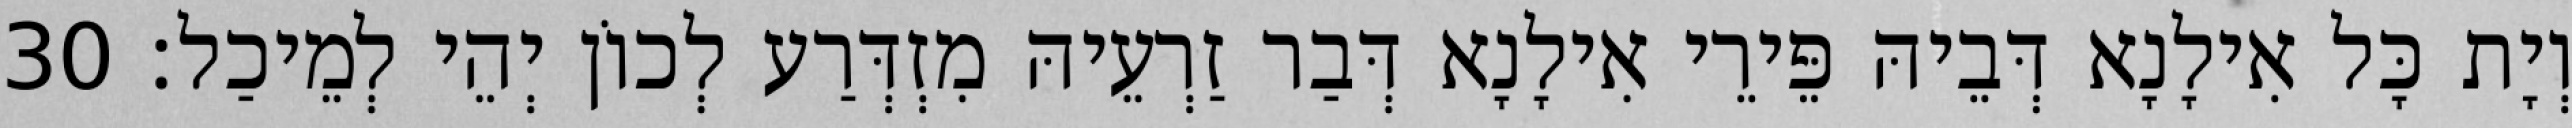
וְיָת כָּל אִילָנָא דְּבֵיהּ פֵּירֵי אִילָנָא דְּבַר זַרְעֵיהּ מִזְדְּרַע לְכוֹן יְהֵי לְמֵיכַל׃ 30